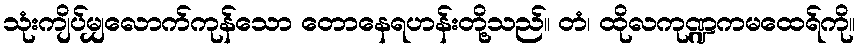
သုံးကျိပ်မျှလောက်ကုန်သော တောနေရဟန်းတို့သည်။ တံ၊ ထိုလကုဏ္ဍကမထေရ်ကို။